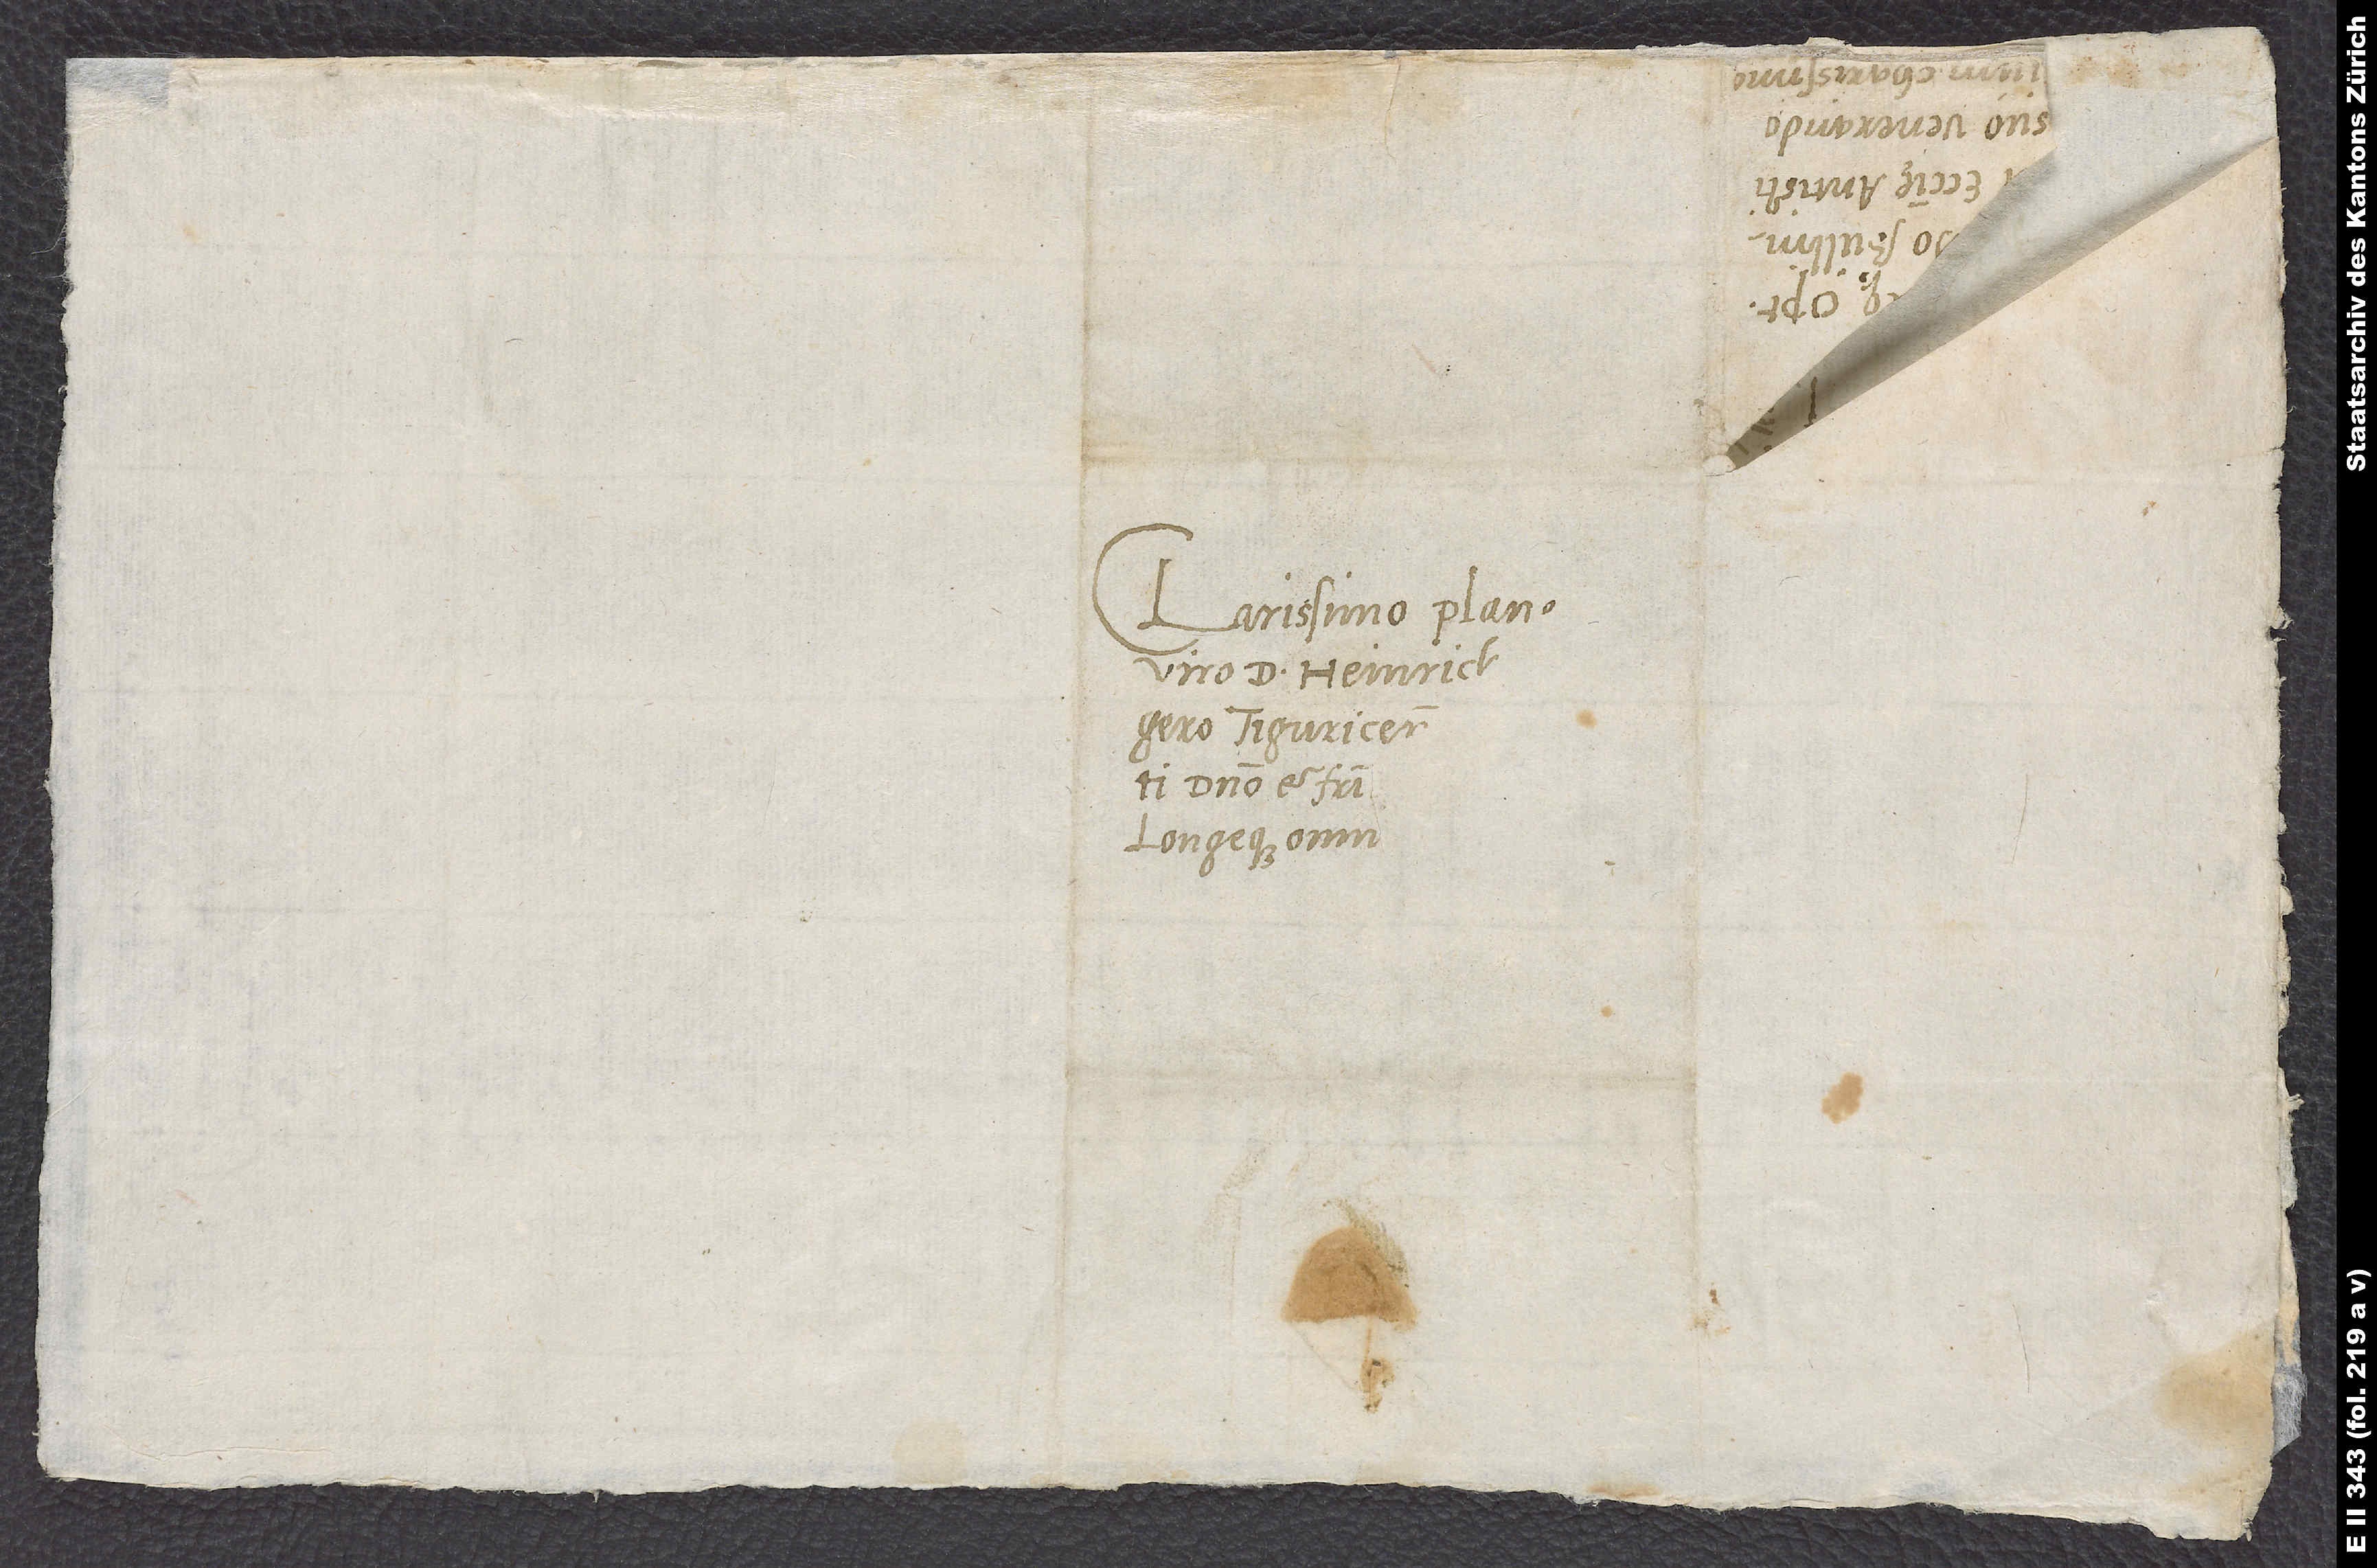
Clarissimo planeque
viro d. Heinricho
Tiguricensis
domino et fratri
longeque omnium